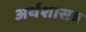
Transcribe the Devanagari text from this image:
अर्थशासत्र